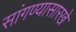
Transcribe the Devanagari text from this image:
सांगण्यासारखे